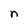
Character: n